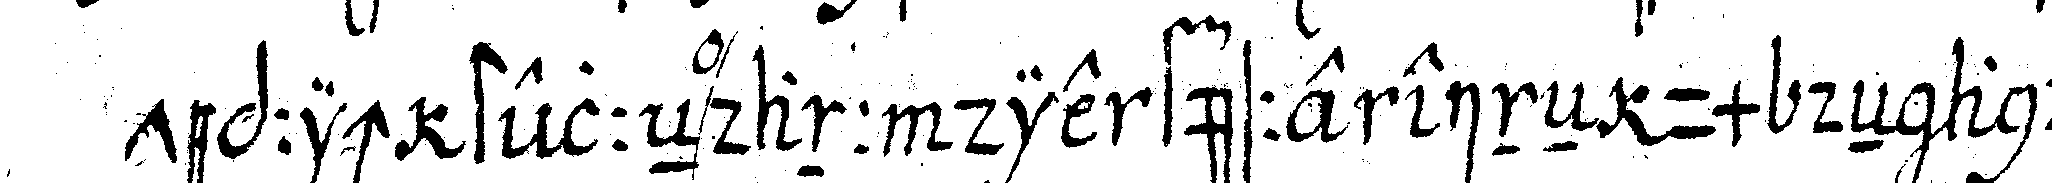
teppich stelleN dann die füsse eineN um deN ande